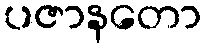
ပဇာနတော